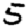
Digit: 5